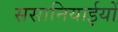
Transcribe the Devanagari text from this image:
ससानियाईयों